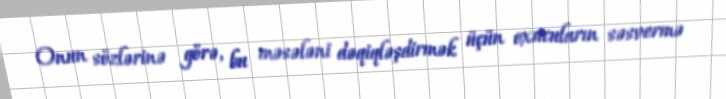
Onun sözlərinə görə, bu məsələni dəqiqləşdirmək üçün oxucuların səsvermə